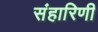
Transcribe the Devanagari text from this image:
संहारिणी